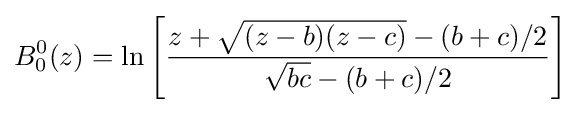
B_{0}^{0}(z)=\ln \left[{\frac {z+{\sqrt {(z-b)(z-c)}}-(b+c)/2}{{\sqrt {bc}}-(b+c)/2}}\right]